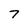
Character: 7